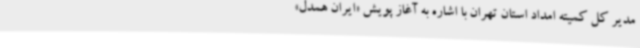
مدیر کل کمیته امداد استان تهران با اشاره به آغاز پویش «ایران همدل»